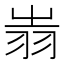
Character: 𦐉